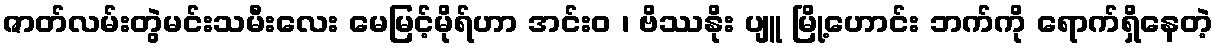
ဇာတ်လမ်းတွဲမင်းသမီးလေး မေမြင့်မိုရ်ဟာ အင်းဝ ၊ ဗိဿနိုး ပျူ မြို့ဟောင်း ဘက်ကို ရောက်ရှိနေတဲ့